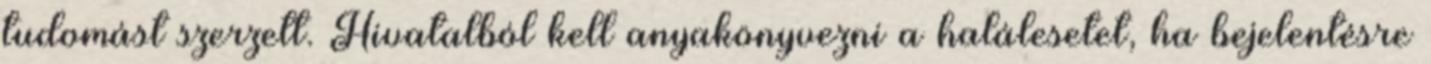
tudomást szerzett. Hivatalból kell anyakönyvezni a halálesetet, ha bejelentésre